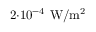
2 { \cdot } 1 0 ^ { - 4 } \ \mathrm { W / m ^ { 2 } }